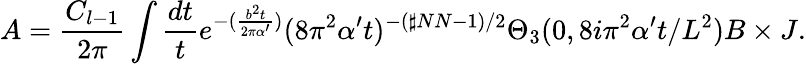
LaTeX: A=\frac{C_{l-1}}{2\pi}\int\frac{dt}{t}e^{-(\frac{b^{2}t}{2\pi\alpha^{\prime}})}(8\pi^{2}\alpha^{\prime}t)^{-(\sharp NN-1)/2}\Theta_{3}(0,8i\pi^{2}\alpha^{\prime}t/L^{2})B\times J.